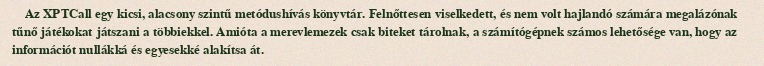
Az XPTCall egy kicsi, alacsony szintű metódushívás könyvtár. Felnőttesen viselkedett, és nem volt hajlandó számára megalázónak tűnő játékokat játszani a többiekkel. Amióta a merevlemezek csak biteket tárolnak, a számítógépnek számos lehetősége van, hogy az információt nullákká és egyesekké alakítsa át.